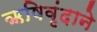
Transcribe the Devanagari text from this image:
ऋषिवृंदाने